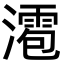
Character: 㵡